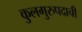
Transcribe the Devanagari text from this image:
कुलगुरुपदाची